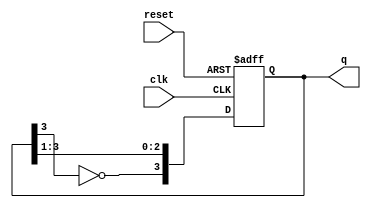
module johnson_counter (
    input wire clk,         // Clock input
    input wire reset,       // Asynchronous reset input
    output reg [3:0] q      // 4-bit output representing the state of the counter
);

// Always block sensitive to clock and reset
always @(posedge clk or posedge reset) begin
    if (reset) begin
        // If reset is asserted, set output to 0000
        q <= 4'b0000;
    end else begin
        // Johnson counter logic: feedback from the last flip-flop (inverted)
        q <= {~q[3], q[3:1]}; // Shift left and feedback inverted output of the last flip-flop
    end
end

endmodule